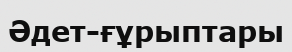
Әдет-ғұрыптары